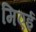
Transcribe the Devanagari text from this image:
मिएई